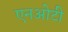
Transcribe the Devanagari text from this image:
एनओटी